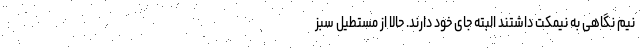
نیم نگاهی به نیمکت داشتند البته جای خود دارند. حالا از مستطیل سبز